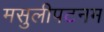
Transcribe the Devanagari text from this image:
मसुलीपटनम